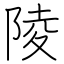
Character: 陵